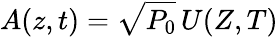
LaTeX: A(z,t)=\sqrt{P_{0}}\, U(Z,T)